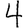
Digit: 4